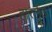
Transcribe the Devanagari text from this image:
हारलैंड